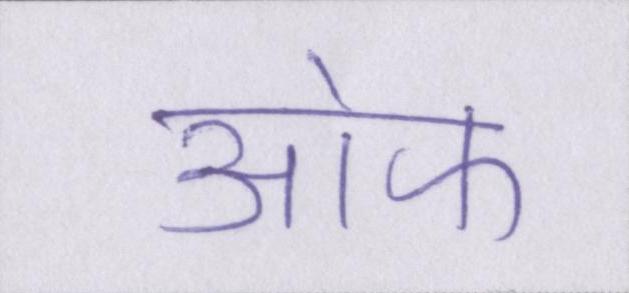
आ॓फ